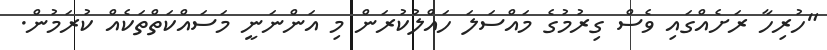
"ހުރިހާ ރަށެއްގައި ވެސް ގިރުމުގެ މައްސަލަ ހައްލުކުރަން މި އަންނަނީ މަސައްކަތްތަކެއް ކުރަމުން.